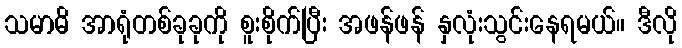
သမာဓိ အာရုံတစ်ခုခုကို စူးစိုက်ပြီး အဖန်ဖန် နှလုံးသွင်းနေရမယ်။ ဒီလို